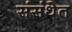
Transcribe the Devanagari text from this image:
संसंथेत